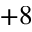
+ 8